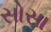
સોસા